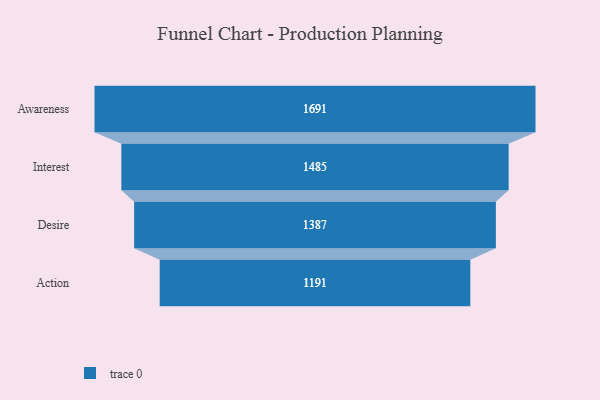
{"axis": {"x": "Stage", "y": "Value"}, "legend": [""], "data": [{"x": "Awareness", "y": 1691.0, "type": ""}, {"x": "Interest", "y": 1485.0, "type": ""}, {"x": "Desire", "y": 1387.0, "type": ""}, {"x": "Action", "y": 1191.0, "type": ""}]}